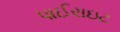
પાઈરાઇટ